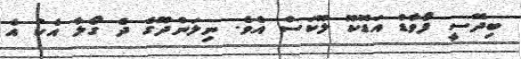
ބިދޭސީ ފޯވާޑް އަޑޮކޫ ލޫކަސް އެވެ. ނިލަންދޫގެ ދެ ގޯލާ އެކު އެ